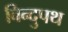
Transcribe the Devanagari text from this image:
विन्दुपथ